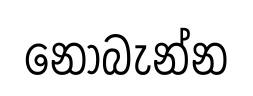
නොබැන්න